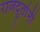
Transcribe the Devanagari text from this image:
राजदूतांनी